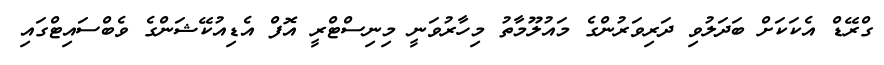
ގްރޭޑް އެކަކަށް ބަދަލުވި ދަރިވަރުންގެ މައުލޫމާތު މިހާރުވަނީ މިނިސްޓްރީ އޮފް އެޑިއުކޭޝަންގެ ވެބްސައިޓްގައި